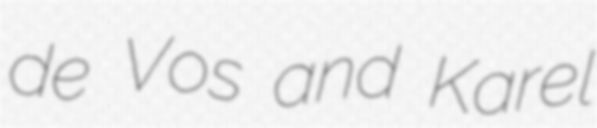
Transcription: de Vos and Karel